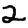
Digit: 2